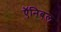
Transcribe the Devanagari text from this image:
ऍनिबल